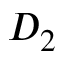
D _ { 2 }